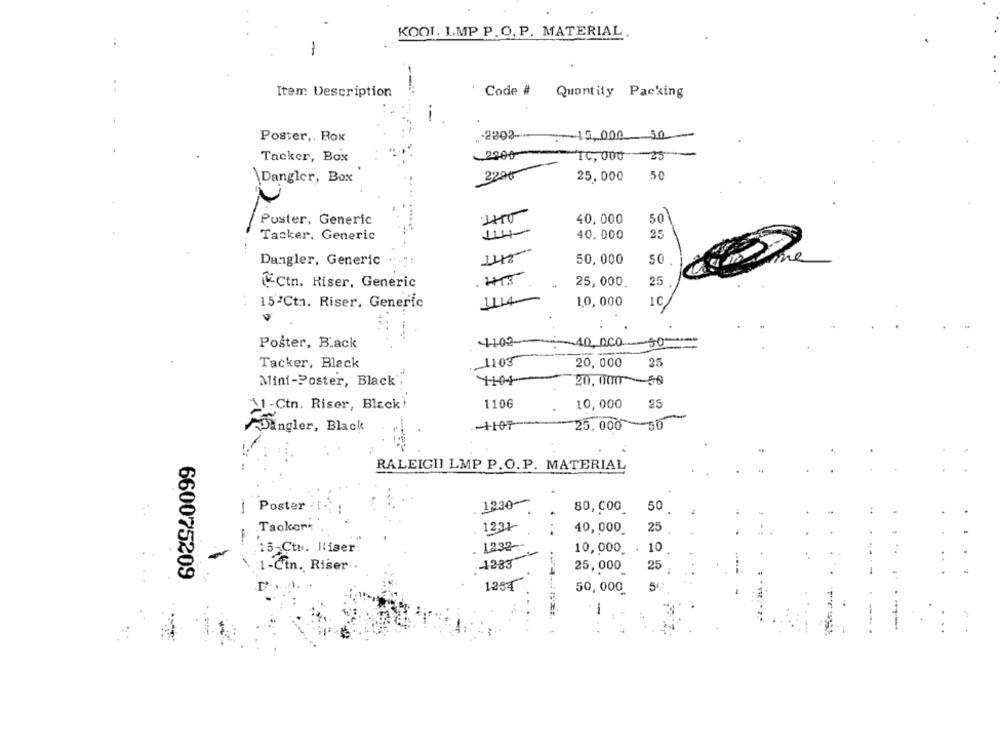
KOOL LMP P.O. P. MATERIAL.
-
Item Description
Code #
Quantity Packing
--
-2303-
:15,000 50
Poster ,, Rox
Tacker, Box
.2900-
10, 000
25
2200
Dangler, Box
25,000
50
Poster, Generic
40, 000
50
Tacker. Generic
40.000
35
Dangler, Generic
50,000
50
Ctn. Hiser, Generic
113
25, 000
25
15'Cta. Riser, Generic
1,0, 000
1C
Poster, Back
4100
-40.000
-50-
Tacker, Black
... 1103
20, 000
25
Mini-Poster, Black .
4:04
20, 00050
1106
10,000
>1-Ctn. Riser, Black!
25,000
--- 50
Dingler, Black
RALEIGHI LMP P.O.P. MATERIAL
1330-
Poster
80, 000
50
-
1231
.Tackers
40,000_
25
1232
10,000
10
15-Ctb. l'iser.
..
1 -Cin. Riser.
1283
25,000
25
660075209
1254
5
50, 000